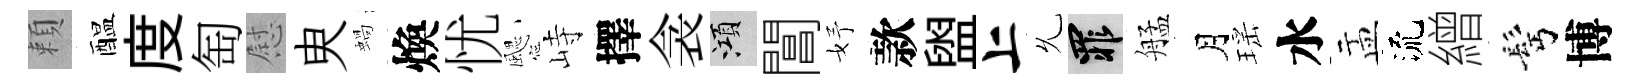
頼醖度匋慰㬰蝸煥忧颸峙擇衾澒閶妤款盥上𠃔罪艋月瑶水盂流繒髩博